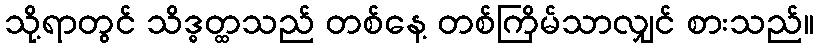
သို့ရာတွင် သိဒ္ဓတ္ထသည် တစ်နေ့ တစ်ကြိမ်သာလျှင် စားသည်။